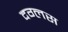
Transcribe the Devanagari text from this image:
दग्लस